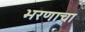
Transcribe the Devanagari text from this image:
भरणाचा